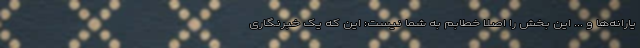
یارانه‌ها و ... این بخش را اصلا خطابم به شما نیست: این که یک خبرنگاری